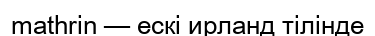
mathrin — ескі ирланд тілінде